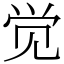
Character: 觉